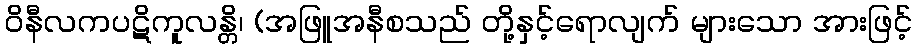
ဝိနီလကပဋိကူလန္တိ၊ (အဖြူအနီစသည် တို့နှင့်ရောလျက် များသော အားဖြင့်